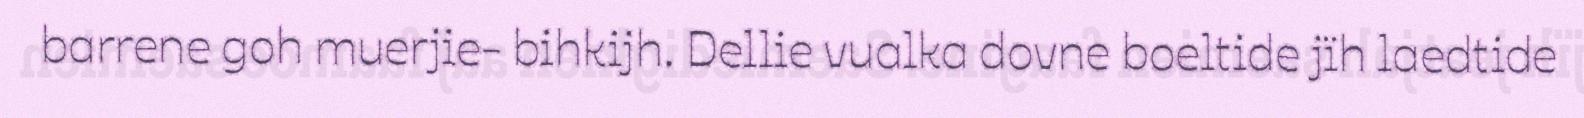
barrene goh muerjie- bihkijh. Dellie vualka dovne boeltide jïh laedtide